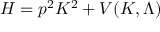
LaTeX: H = p ^ { 2 } K ^ { 2 } + V ( K , { \mit \Lambda } )